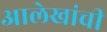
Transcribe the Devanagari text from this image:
आलेखांची